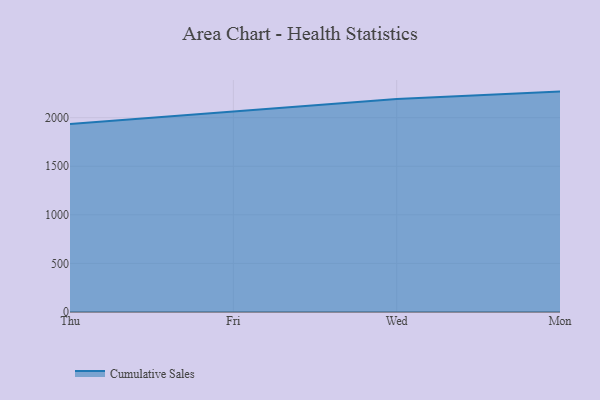
{"axis": {"x": "Day", "y": "Gross Profit (USD K)"}, "legend": ["Cumulative Sales"], "data": [{"x": "Thu", "y": 1934.2, "type": "Cumulative Sales"}, {"x": "Fri", "y": 2059.6, "type": "Cumulative Sales"}, {"x": "Wed", "y": 2191.4, "type": "Cumulative Sales"}, {"x": "Mon", "y": 2268.7, "type": "Cumulative Sales"}]}